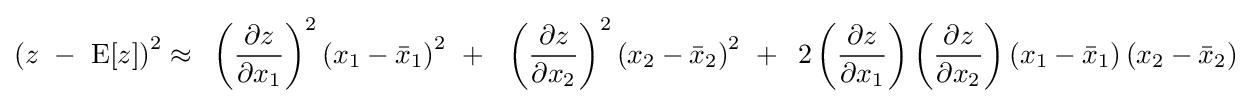
\left({z\,\,-\,\,{\rm {E}}[z]}\right)^{2}\approx \,\,\,\left({\frac {\partial z}{\partial x_{1}}}\right)^{2}\left({x_{1}-{\bar {x}}_{1}}\right)^{2}\,\,+\,\,\,\,\left({\frac {\partial z}{\partial x_{2}}}\right)^{2}\left({x_{2}-{\bar {x}}_{2}}\right)^{2}\,\,+\,\,\,2\left({\frac {\partial z}{\partial x_{1}}}\right)\left({\frac {\partial z}{\partial x_{2}}}\right)\left({x_{1}-{\bar {x}}_{1}}\right)\left({x_{2}-{\bar {x}}_{2}}\right)